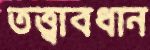
তত্ত্বাবধান